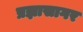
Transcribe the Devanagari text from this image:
प्रज्ञासागर